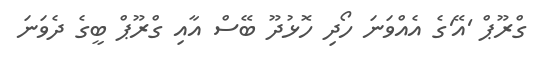
ގްރޫޕް 'އޭ'ގެ އެއްވަނަ ހޯދި ހޮޅުދޫ ބޭސް އާއި ގްރޫޕް ބީގެ ދެވަނަ